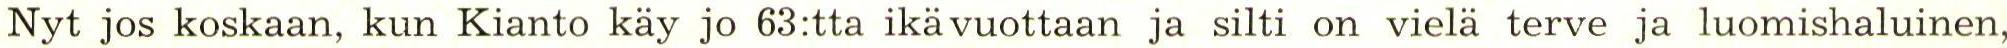
Nyt jos koskaan, kun Kianto käy jo 63:tta ikävuottaan ja silti on vielä terve ja luomishaluinen,